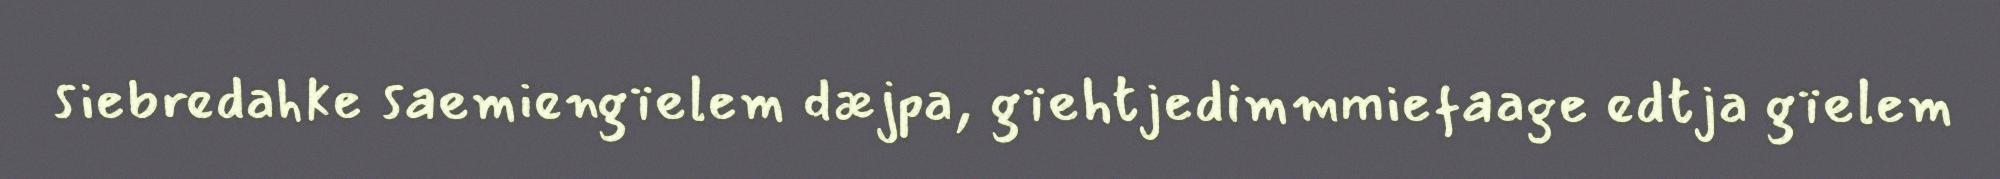
siebredahke saemiengïelem dæjpa, gïehtjedimmmiefaage edtja gïelem